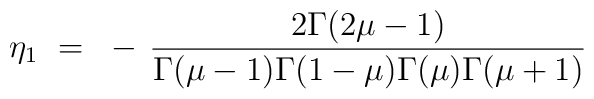
\eta_1 ~=~ - \, \frac{2\Gamma(2\mu-1)}{\Gamma(\mu-1)\Gamma(1-\mu)\Gamma(\mu)\Gamma(\mu+1)}